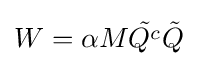
W=\alpha M{\tilde {Q^{c}}}{\tilde {Q}}